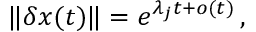
\lVert \boldsymbol { \delta x } ( t ) \rVert = e ^ { \lambda _ { j } t + o ( t ) } \, ,